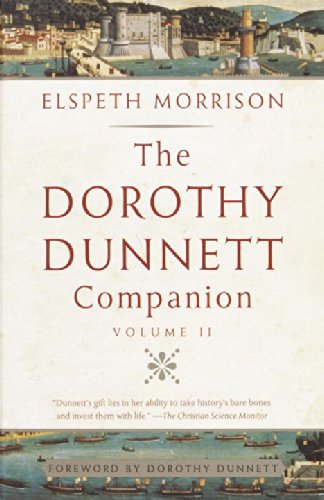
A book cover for The Dorothy Dunnett Companion (Volume II); Elspeth Morrison; Literature & Fiction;